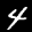
Label: 4